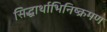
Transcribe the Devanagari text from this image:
सिद्धार्थाभिनिष्क्रमण